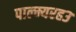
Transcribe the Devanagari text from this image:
पाल्म्यरह३